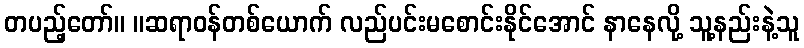
တပည့်တော်။ ။ဆရာဝန်တစ်ယောက် လည်ပင်းမစောင်းနိုင်အောင် နာနေလို့ သူ့နည်းနဲ့သူ